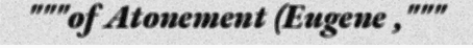
"""of Atonement (Eugene ,"""